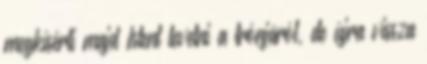
megkísérli majd Istent levetni a trónjáról, de újra vissza